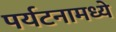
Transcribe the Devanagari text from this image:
पर्यटनामध्ये